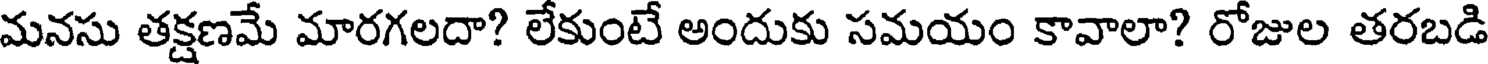
మనసు తక్షణమే మారగలదా? లేకుంటే అందుకు సమయం కావాలా? రోజుల తరబడి